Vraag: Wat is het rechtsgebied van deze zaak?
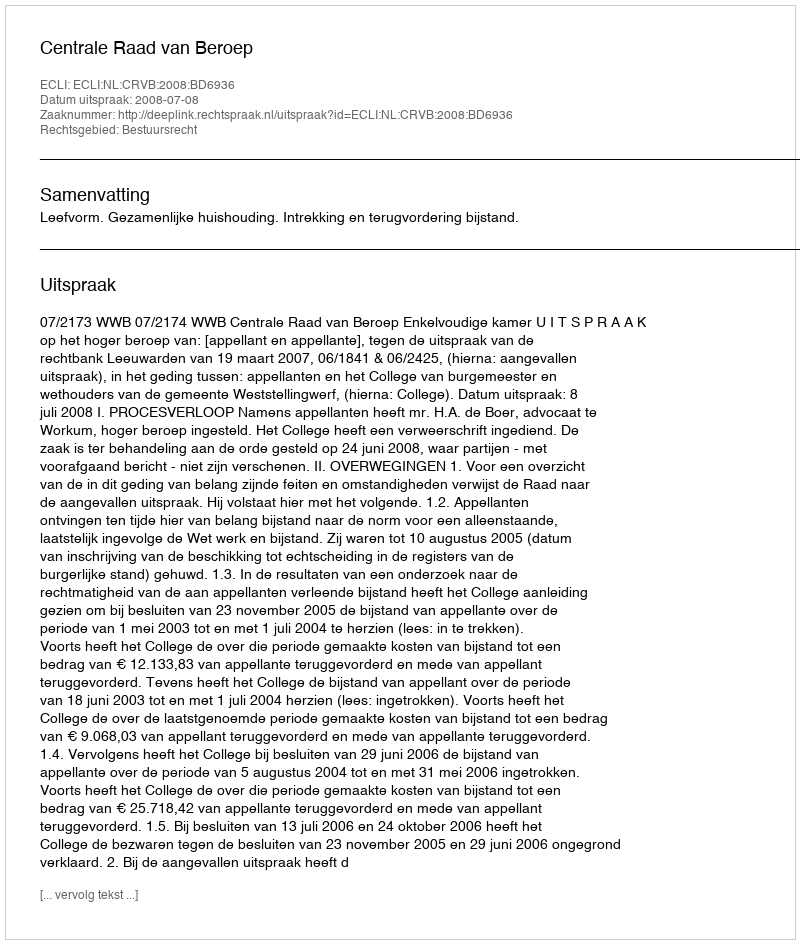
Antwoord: Bestuursrecht